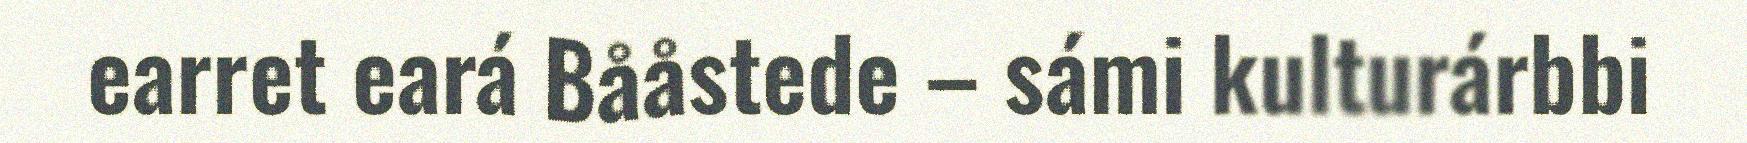
earret eará Bååstede – sámi kulturárbbi